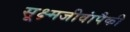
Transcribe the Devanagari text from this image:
सूक्ष्मजीवांपैकी